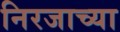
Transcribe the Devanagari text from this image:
निरजाच्या